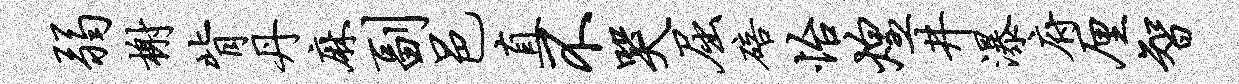
弱榭背丹麻副邑直不哭屈碚怡煌井瀑府厘智